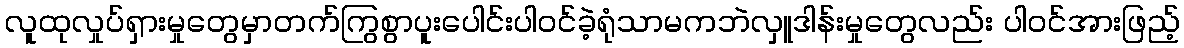
လူထုလှုပ်ရှားမှုတွေမှာတက်ကြွစွာပူးပေါင်းပါဝင်ခဲ့ရုံသာမကဘဲလှူဒါန်းမှုတွေလည်း ပါဝင်အားဖြည့်